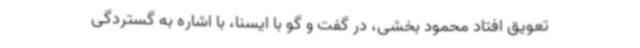
تعویق افتاد محمود بخشی، در گفت و گو با ایسنا، با اشاره به گستردگی